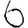
Digit: 6